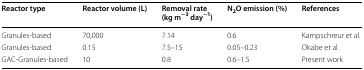
<table><thead><tr><td><b>Reactor type</b></td><td><b>Reactor volume (L)</b></td><td><b>Removal rate (kg m<sup>−3</sup> day<sup>−1</sup>)</b></td><td><b>N<sub>2</sub>O emission (%)</b></td><td><b>References</b></td></tr></thead><tbody><tr><td>Granules-based</td><td>70,000</td><td>7.14</td><td>0.6</td><td>Kampschreur et al.</td></tr><tr><td>Granules-based</td><td>0.15</td><td>7.5–15</td><td>0.05–0.23</td><td>Okabe et al.</td></tr><tr><td>GAC-Granules-based</td><td>10</td><td>0.8</td><td>0.6–1.5</td><td>Present work</td></tr></tbody></table>